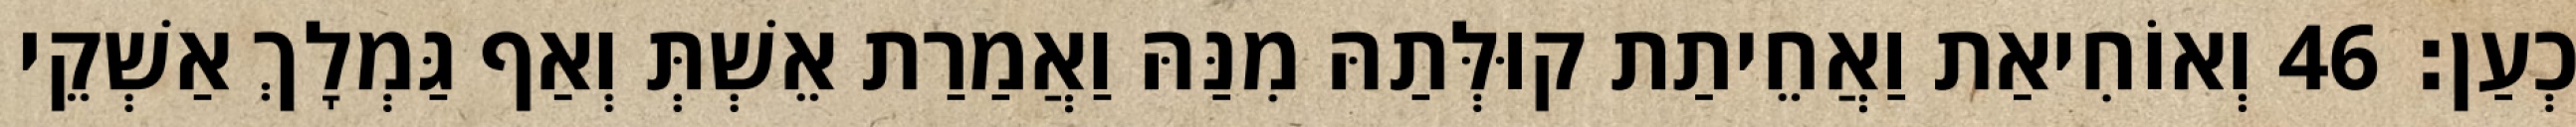
כְעַן׃ 46 וְאוֹחִיאַת וַאֲחֵיתַת קוּלְּתַהּ מִנַּהּ וַאֲמַרַת אֵשְׁתְּ וְאַף גַּמְלָךְ אַשְׁקֵי